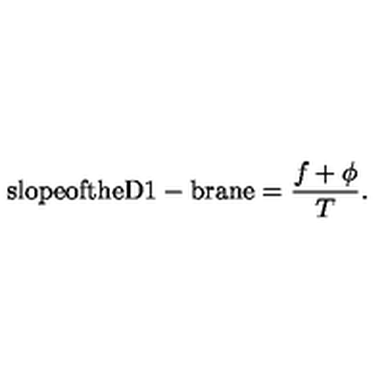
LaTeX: \mathrm { s l o p e o f t h e D 1 - b r a n e } = \frac { f + \phi } { T } .